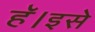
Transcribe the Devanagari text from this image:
हॅ।इसे